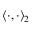
\langle \cdot , \cdot \rangle _ { 2 }